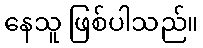
နေသူ ဖြစ်ပါသည်။